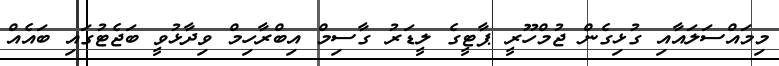
މިމައްސަލައާއި ގުޅިގެން ޖުމްހޫރީ ޕާޓީގެ ލީޑަރު ގާސިމް އިބްރާހިމް ވިދާޅުވީ ބަޖެޓުގައި ބައެއް